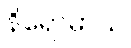
နိရောဓာယ